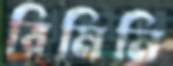
রিমিনি